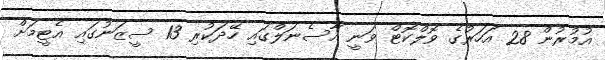
އުމުރުން 28 އަހަރުގެ ވޮލްކޮޓް ވަނީ އާސެނަލްގައި ހޭދަކުރި 13 ސީޒަނުގައި އެޓީމަށް